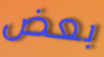
بعض